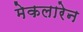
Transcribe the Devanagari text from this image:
मेकलारेन